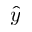
\hat { y }